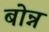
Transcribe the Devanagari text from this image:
बोन्न